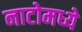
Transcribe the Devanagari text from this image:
नाटोमध्ये